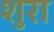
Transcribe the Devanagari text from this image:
शुरा